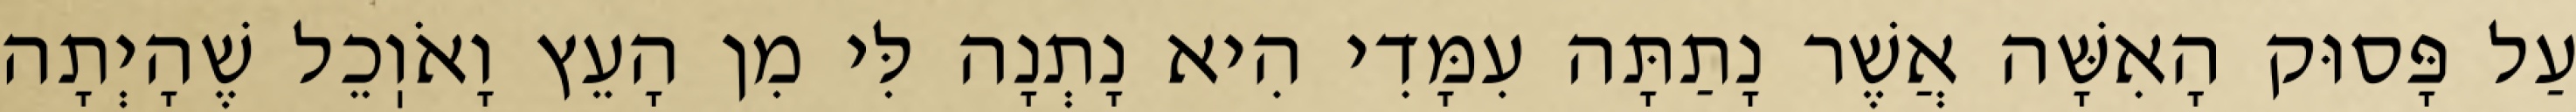
עַל פָּסוּק הָאִשָּׁה אֲשֶׁר נָתַתָּה עִמָּדִי הִיא נָתְנָה לִּי מִן הָעֵץ וָאֹוֽכֵל שֶׁהָיְתָה